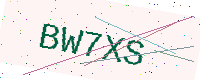
Text: BW7XS